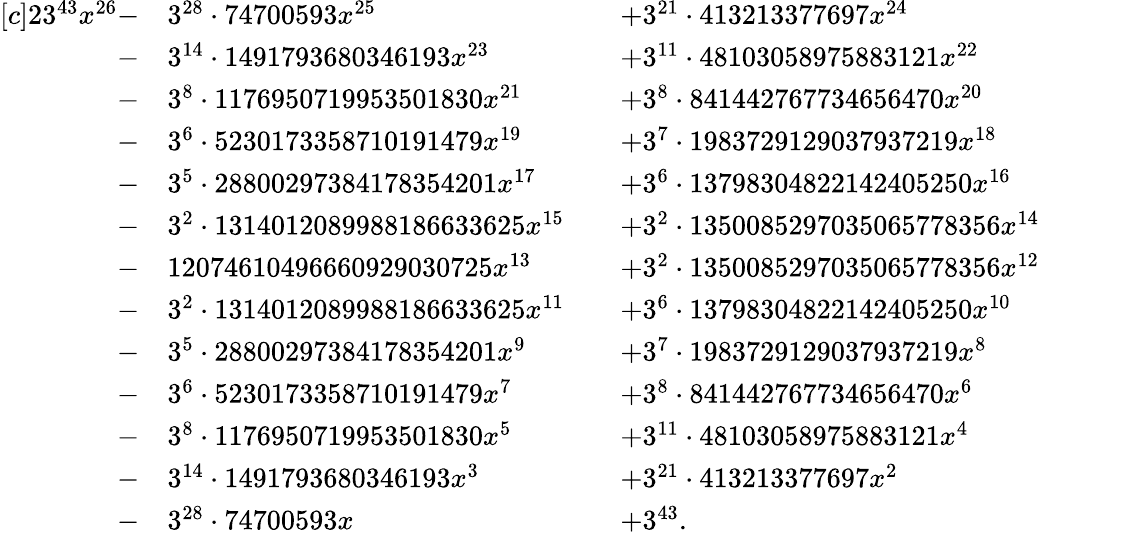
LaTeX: \begin{array}{rlrlrlr}{[c]{2}3^{43}x^{26}-}&{3^{28}\cdot 74700593x^{25}}&&{+3^{21}\cdot 413213377697x^{24}}\\ {-}&{3^{14}\cdot 1491793680346193x^{23}}&&{+3^{11}\cdot 48103058975883121x^{22}}\\ {-}&{3^{8}\cdot 1176950719953501830x^{21}}&&{+3^{8}\cdot 841442767734656470x^{20}}\\ {-}&{3^{6}\cdot 5230173358710191479x^{19}}&&{+3^{7}\cdot 1983729129037937219x^{18}}\\ {-}&{3^{5}\cdot 28800297384178354201x^{17}}&&{+3^{6}\cdot 13798304822142405250x^{16}}\\ {-}&{3^{2}\cdot 1314012089988186633625x^{15}}&&{+3^{2}\cdot 1350085297035065778356x^{14}}\\ {-}&{12074610496660929030725x^{13}}&&{+3^{2}\cdot 1350085297035065778356x^{12}}\\ {-}&{3^{2}\cdot 1314012089988186633625x^{11}}&&{+3^{6}\cdot 13798304822142405250x^{10}}\\ {-}&{3^{5}\cdot 28800297384178354201x^{9}}&&{+3^{7}\cdot 1983729129037937219x^{8}}\\ {-}&{3^{6}\cdot 5230173358710191479x^{7}}&&{+3^{8}\cdot 841442767734656470x^{6}}\\ {-}&{3^{8}\cdot 1176950719953501830x^{5}}&&{+3^{11}\cdot 48103058975883121x^{4}}\\ {-}&{3^{14}\cdot 1491793680346193x^{3}}&&{+3^{21}\cdot 413213377697x^{2}}\\ {-}&{3^{28}\cdot 74700593x}&&{+3^{43}.}&&{}&\end{array}